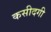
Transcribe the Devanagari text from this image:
कसीदगी